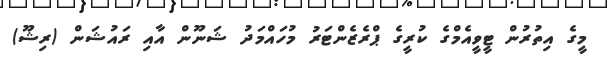
މީގެ އިތުރުން ޓީވީއެމްގެ ކުރީގެ ޕްރެޒެންޓަރު މުހައްމަދު ޝަނޫން އާއި ރައުޝަން (ރިޝޫ)